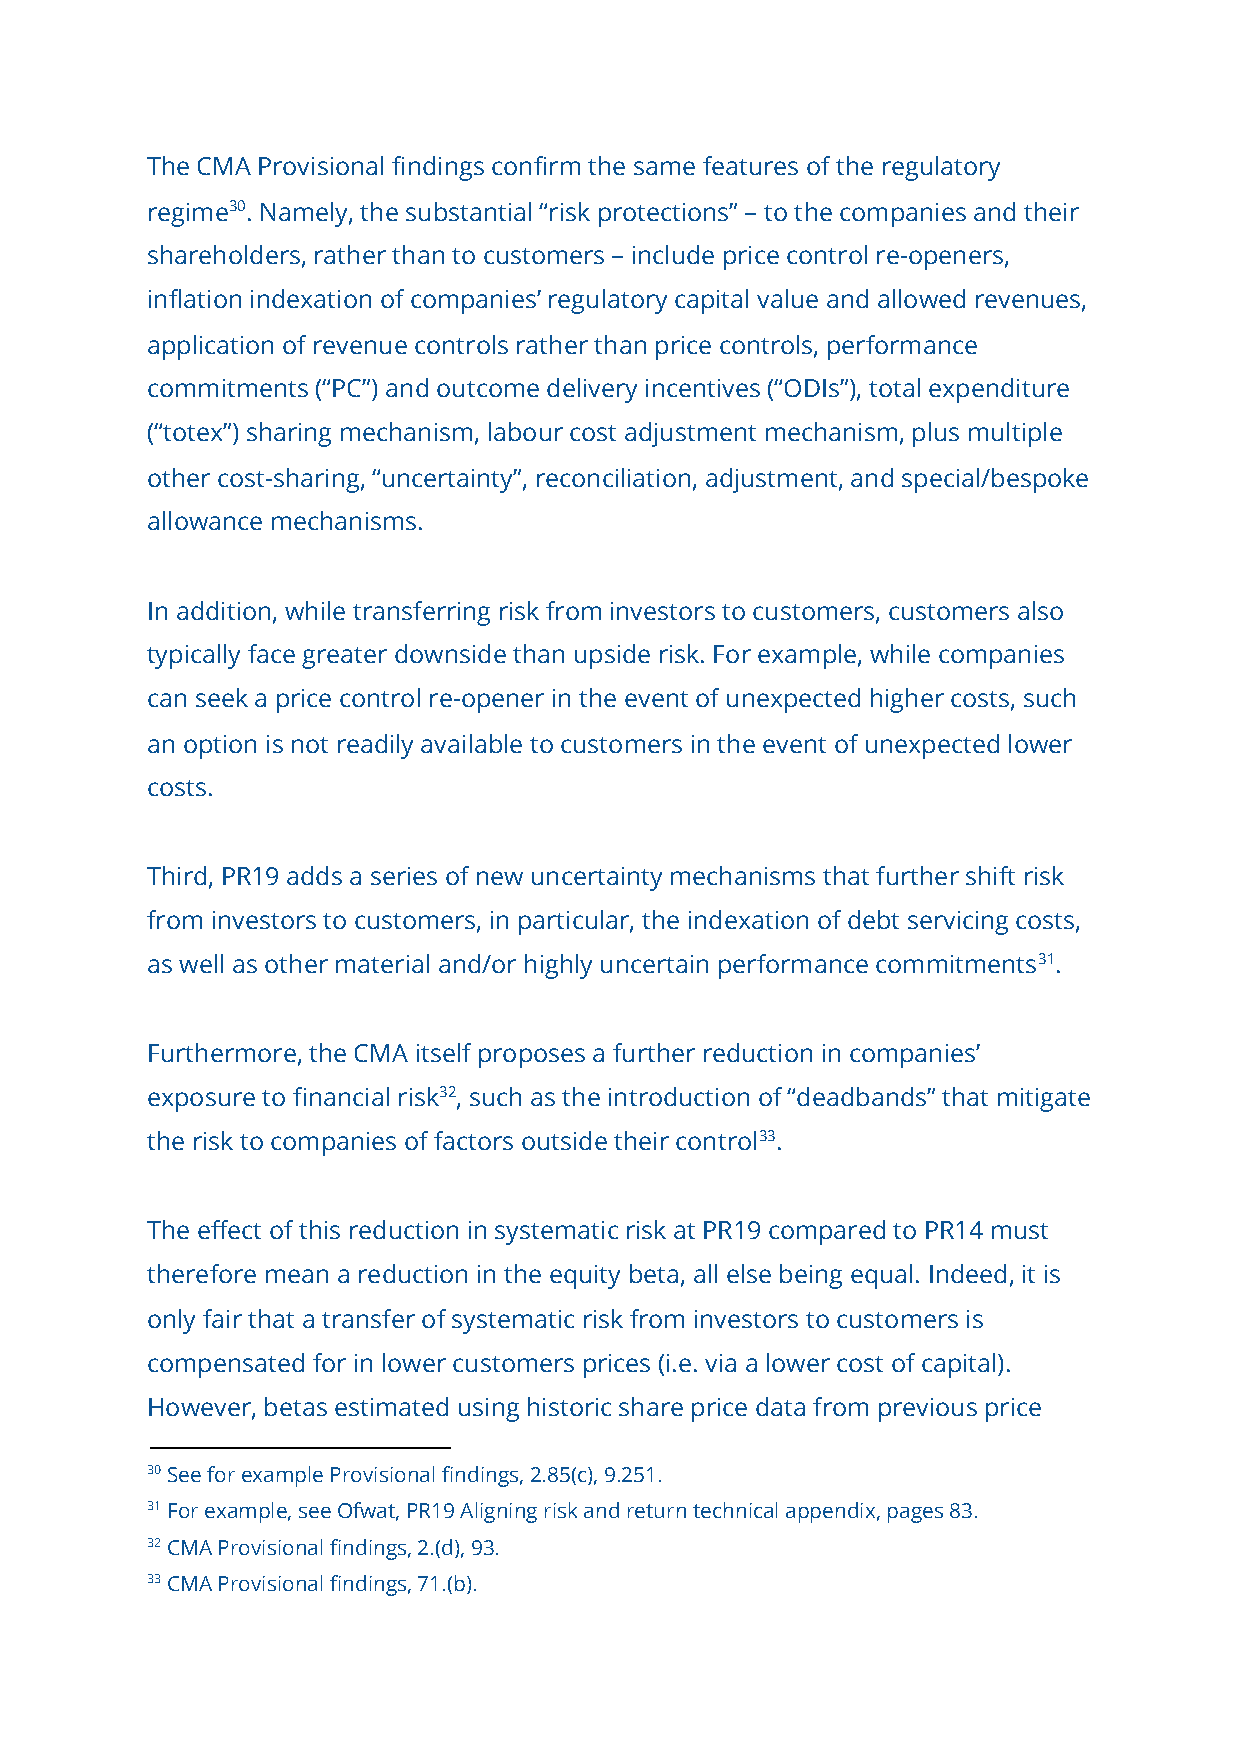
The CMA Provisional findings confirm the same features of the regulatory
 regime​30.​ Namely, the substantial “risk protections” – to the companies and their
 shareholders, rather than to customers – include price control re-openers,
 inflation indexation of companies’ regulatory capital value and allowed revenues,
 application of revenue controls rather than price controls, performance
 commitments (“PC”) and outcome delivery incentives (“ODIs”), total expenditure
 (“totex”) sharing mechanism, labour cost adjustment mechanism, plus multiple
 other cost-sharing, “uncertainty”, reconciliation, adjustment, and special/bespoke
 allowance mechanisms.
 In addition, while transferring risk from investors to customers, customers also
 typically face greater downside than upside risk. For example, while companies
 can seek a price control re-opener in the event of unexpected higher costs, such
 an option is not readily available to customers in the event of unexpected lower
 costs.
 Third, PR19 adds a series of new uncertainty mechanisms that further shift risk
 from investors to customers, in particular, the indexation of debt servicing costs,
 as well as other material and/or highly uncertain performance commitments3​ 1​.
 Furthermore, the CMA itself proposes a further reduction in companies’
 exposure to financial risk​32,​ such as the introduction of “deadbands” that mitigate
 the risk to companies of factors outside their control3​ 3​.
 The effect of this reduction in systematic risk at PR19 compared to PR14 must
 therefore mean a reduction in the equity beta, all else being equal. Indeed, it is
 only fair that a transfer of systematic risk from investors to customers is
 compensated for in lower customers prices (i.e. via a lower cost of capital).
 However, betas estimated using historic share price data from previous price
 30 See for example Provisional findings, 2.85(c), 9.251.
 31 For example, see Ofwat, PR19 Aligning risk and return technical appendix, pages 83.
 32 CMA Provisional findings, 2.(d), 93.
 33 CMA Provisional findings, 71.(b).